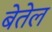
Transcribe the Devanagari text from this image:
बेतेल